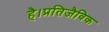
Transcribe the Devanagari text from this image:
है।प्रतिजैविक